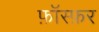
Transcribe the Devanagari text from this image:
फ़ॉस्फ़र